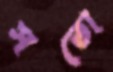
সতো